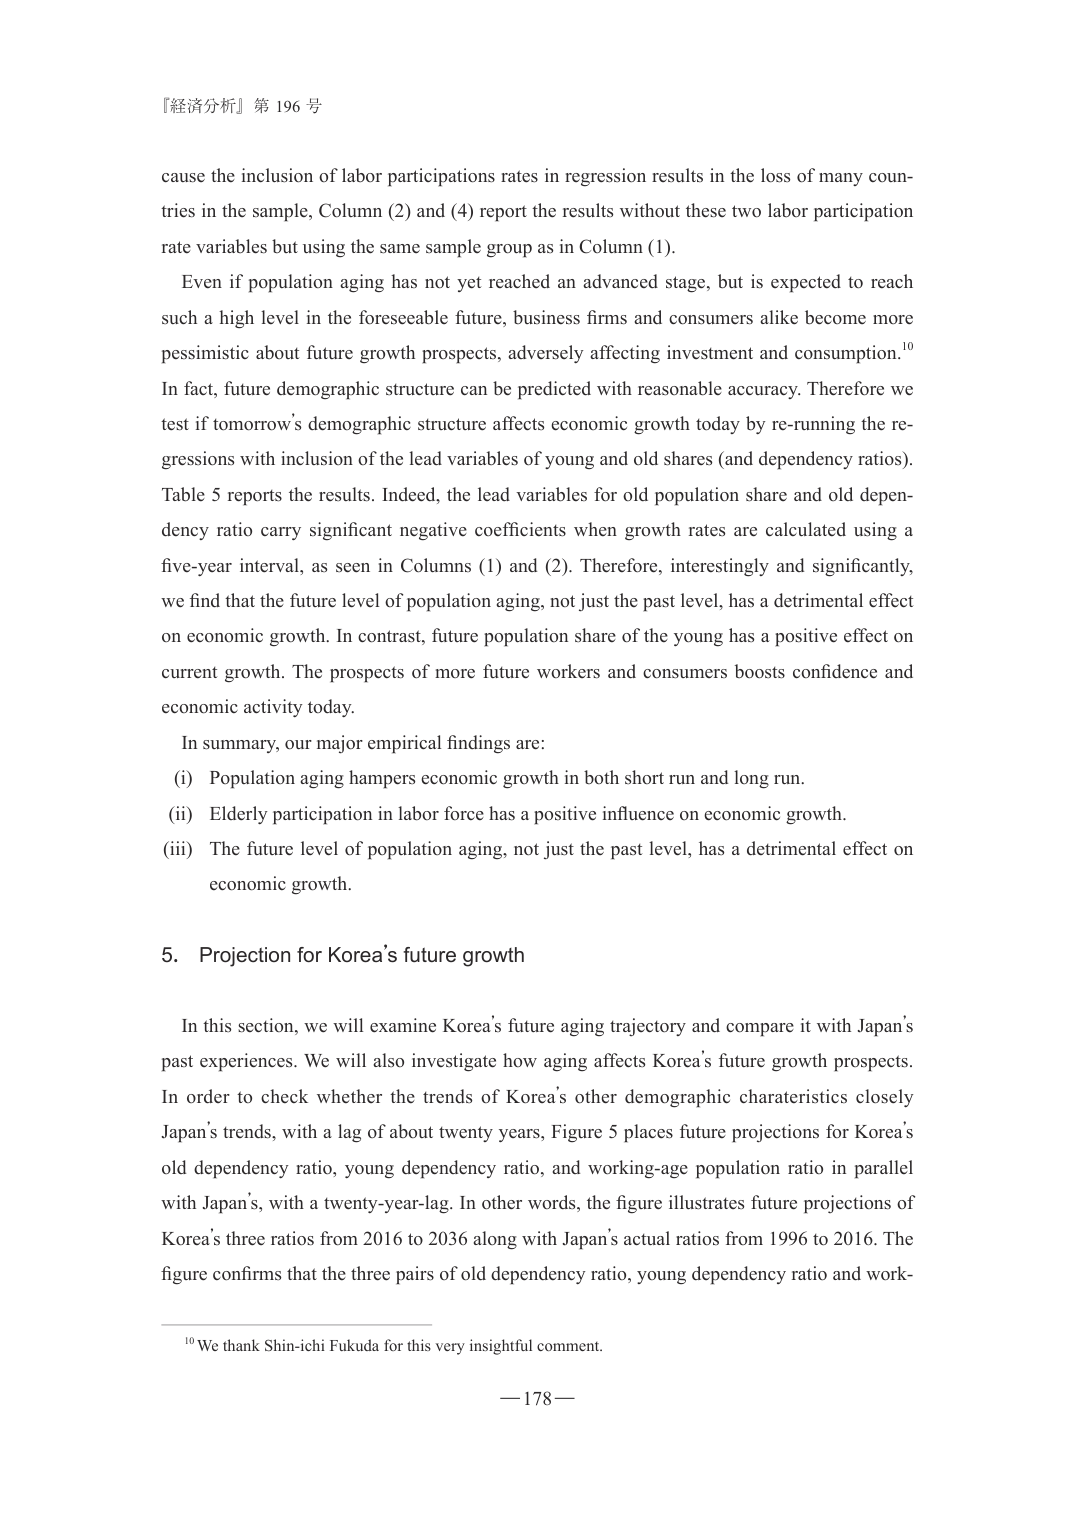
『経済分析』第 196 号

cause the inclusion of labor participations rates in regression results in the loss of many countries in the sample, Column (2) and (4) report the results without these two labor participation rate variables but using the same sample group as in Column (1).

Even if population aging has not yet reached an advanced stage, but is expected to reach such a high level in the foreseeable future, business firms and consumers alike become more pessimistic about future growth prospects, adversely affecting investment and consumption.¹⁰ In fact, future demographic structure can be predicted with reasonable accuracy. Therefore we test if tomorrow’s demographic structure affects economic growth today by re-running the regressions with inclusion of the lead variables of young and old shares (and dependency ratios). Table 5 reports the results. Indeed, the lead variables for old population share and old dependency ratio carry significant negative coefficients when growth rates are calculated using a five-year interval, as seen in Columns (1) and (2). Therefore, interestingly and significantly, we find that the future level of population aging, not just the past level, has a detrimental effect on economic growth. In contrast, future population share of the young has a positive effect on current growth. The prospects of more future workers and consumers boosts confidence and economic activity today.

In summary, our major empirical findings are:
(i) Population aging hampers economic growth in both short run and long run.
(ii) Elderly participation in labor force has a positive influence on economic growth.
(iii) The future level of population aging, not just the past level, has a detrimental effect on economic growth.

5. Projection for Korea’s future growth

In this section, we will examine Korea’s future aging trajectory and compare it with Japan’s past experiences. We will also investigate how aging affects Korea’s future growth prospects. In order to check whether the trends of Korea’s other demographic characteristics closely Japan’s trends, with a lag of about twenty years, Figure 5 places future projections for Korea’s old dependency ratio, young dependency ratio, and working-age population ratio in parallel with Japan’s, with a twenty-year-lag. In other words, the figure illustrates future projections of Korea’s three ratios from 2016 to 2036 along with Japan’s actual ratios from 1996 to 2016. The figure confirms that the three pairs of old dependency ratio, young dependency ratio and work-

¹⁰ We thank Shin-ichi Fukuda for this very insightful comment.

— 178 —